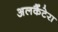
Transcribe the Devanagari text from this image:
अलकैंटेरा